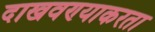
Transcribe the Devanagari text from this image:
दाखवण्याकरता